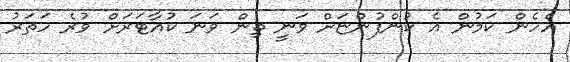
އެހެން ކަމުން އެ ކުންފުންޏަށް ވަނީ ތިން ވަނަ ކުއާޓަރަށް ވުރެ ހަތަރު